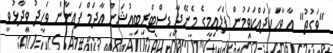
"ވަގުތު" އާ ވާހަކަދައްކަވަމުން ފްލައިމީގެ މެނޭޖާ ޑިސްޓްރިބިއުޝަން އާދަމް ފައިނާން ވަހީދު ވިދާޅުވީ